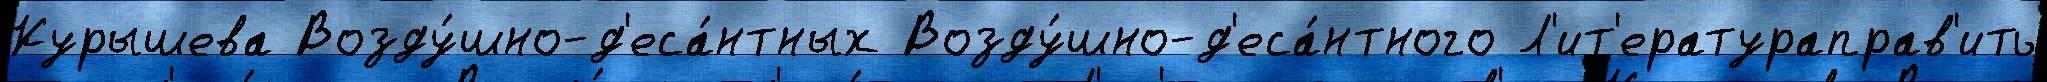
Курышева Возду́шно-д'еса́нтных Возду́шно-д'еса́нтного Л'ит'ератураправ'ить